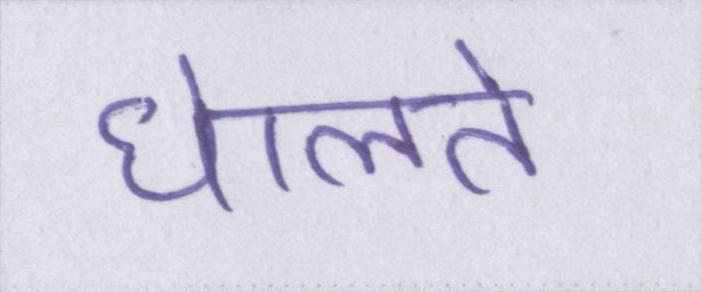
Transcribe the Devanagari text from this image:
घेालते